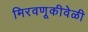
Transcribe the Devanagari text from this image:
मिरवणूकीवेळी